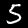
Label: 5